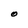
Character: O